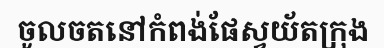
ចូលចតនៅកំពង់ផែស្វយ័តក្រុង